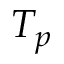
T _ { p }